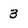
Character: 3